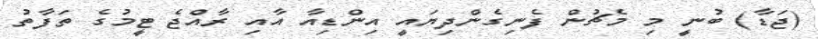
(ޖަޑާ) ބުނީ މި މެޗުން ފެނިގެންދިޔައީ އިންޑިއާ އާއި ރާއްޖެ ޓީމުގެ ތަފާތު